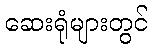
ဆေးရုံများတွင်